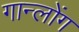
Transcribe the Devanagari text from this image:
गान्लोंग